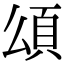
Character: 𩑑